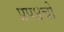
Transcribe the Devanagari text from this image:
प्रप४चो